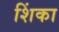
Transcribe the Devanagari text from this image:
शिंका